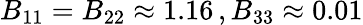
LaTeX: B_{11}=B_{22}\approx 1.16\, ,B_{33}\approx 0.01